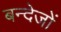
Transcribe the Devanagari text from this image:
बन्देजों